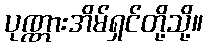
ပုဏ္ဏားအိမ်ရှင်တို့သို့။